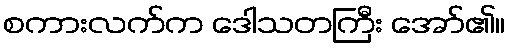
စကားလက်က ဒေါသတကြီး အော်၏။